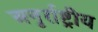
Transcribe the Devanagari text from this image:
अनृर्राष्ट्रीय